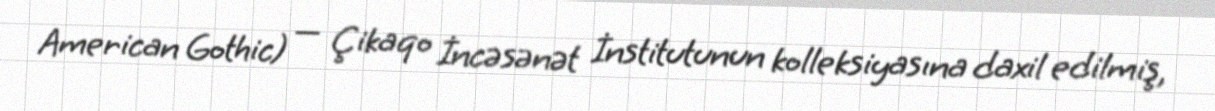
American Gothic) — Çikaqo İncəsənət İnstitutunun kolleksiyasına daxil edilmiş,